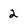
Character: 2